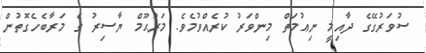
ސުވަރުގޭގެ ދާއިމީ ނިޢުމަތް މިންވަރު ކުރެއްވުމެވެ. މަރުޙޫމް ޔާސިރު ގެ މަރާބެހެގޮތުން